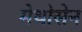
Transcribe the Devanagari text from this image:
मेथोसेन